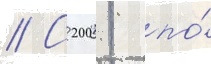
// С 2001 по́